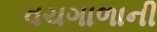
વચગાળાની